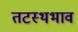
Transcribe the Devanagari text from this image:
तटस्थभाव